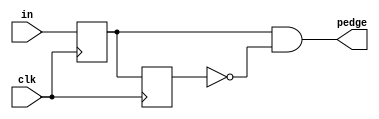
// theory help https://www.youtube.com/watch?v=6OBhE0AAT5U
module top_module (
    input clk,
    input [7:0] in,
    output  [7:0] pedge
);

	reg [7:0] reg1, reg2;
	
 always @ (posedge clk) begin
    
	 reg1 <= in;
    reg2 <= reg1;
	 

end

assign pedge = reg1 & (~reg2);

endmodule